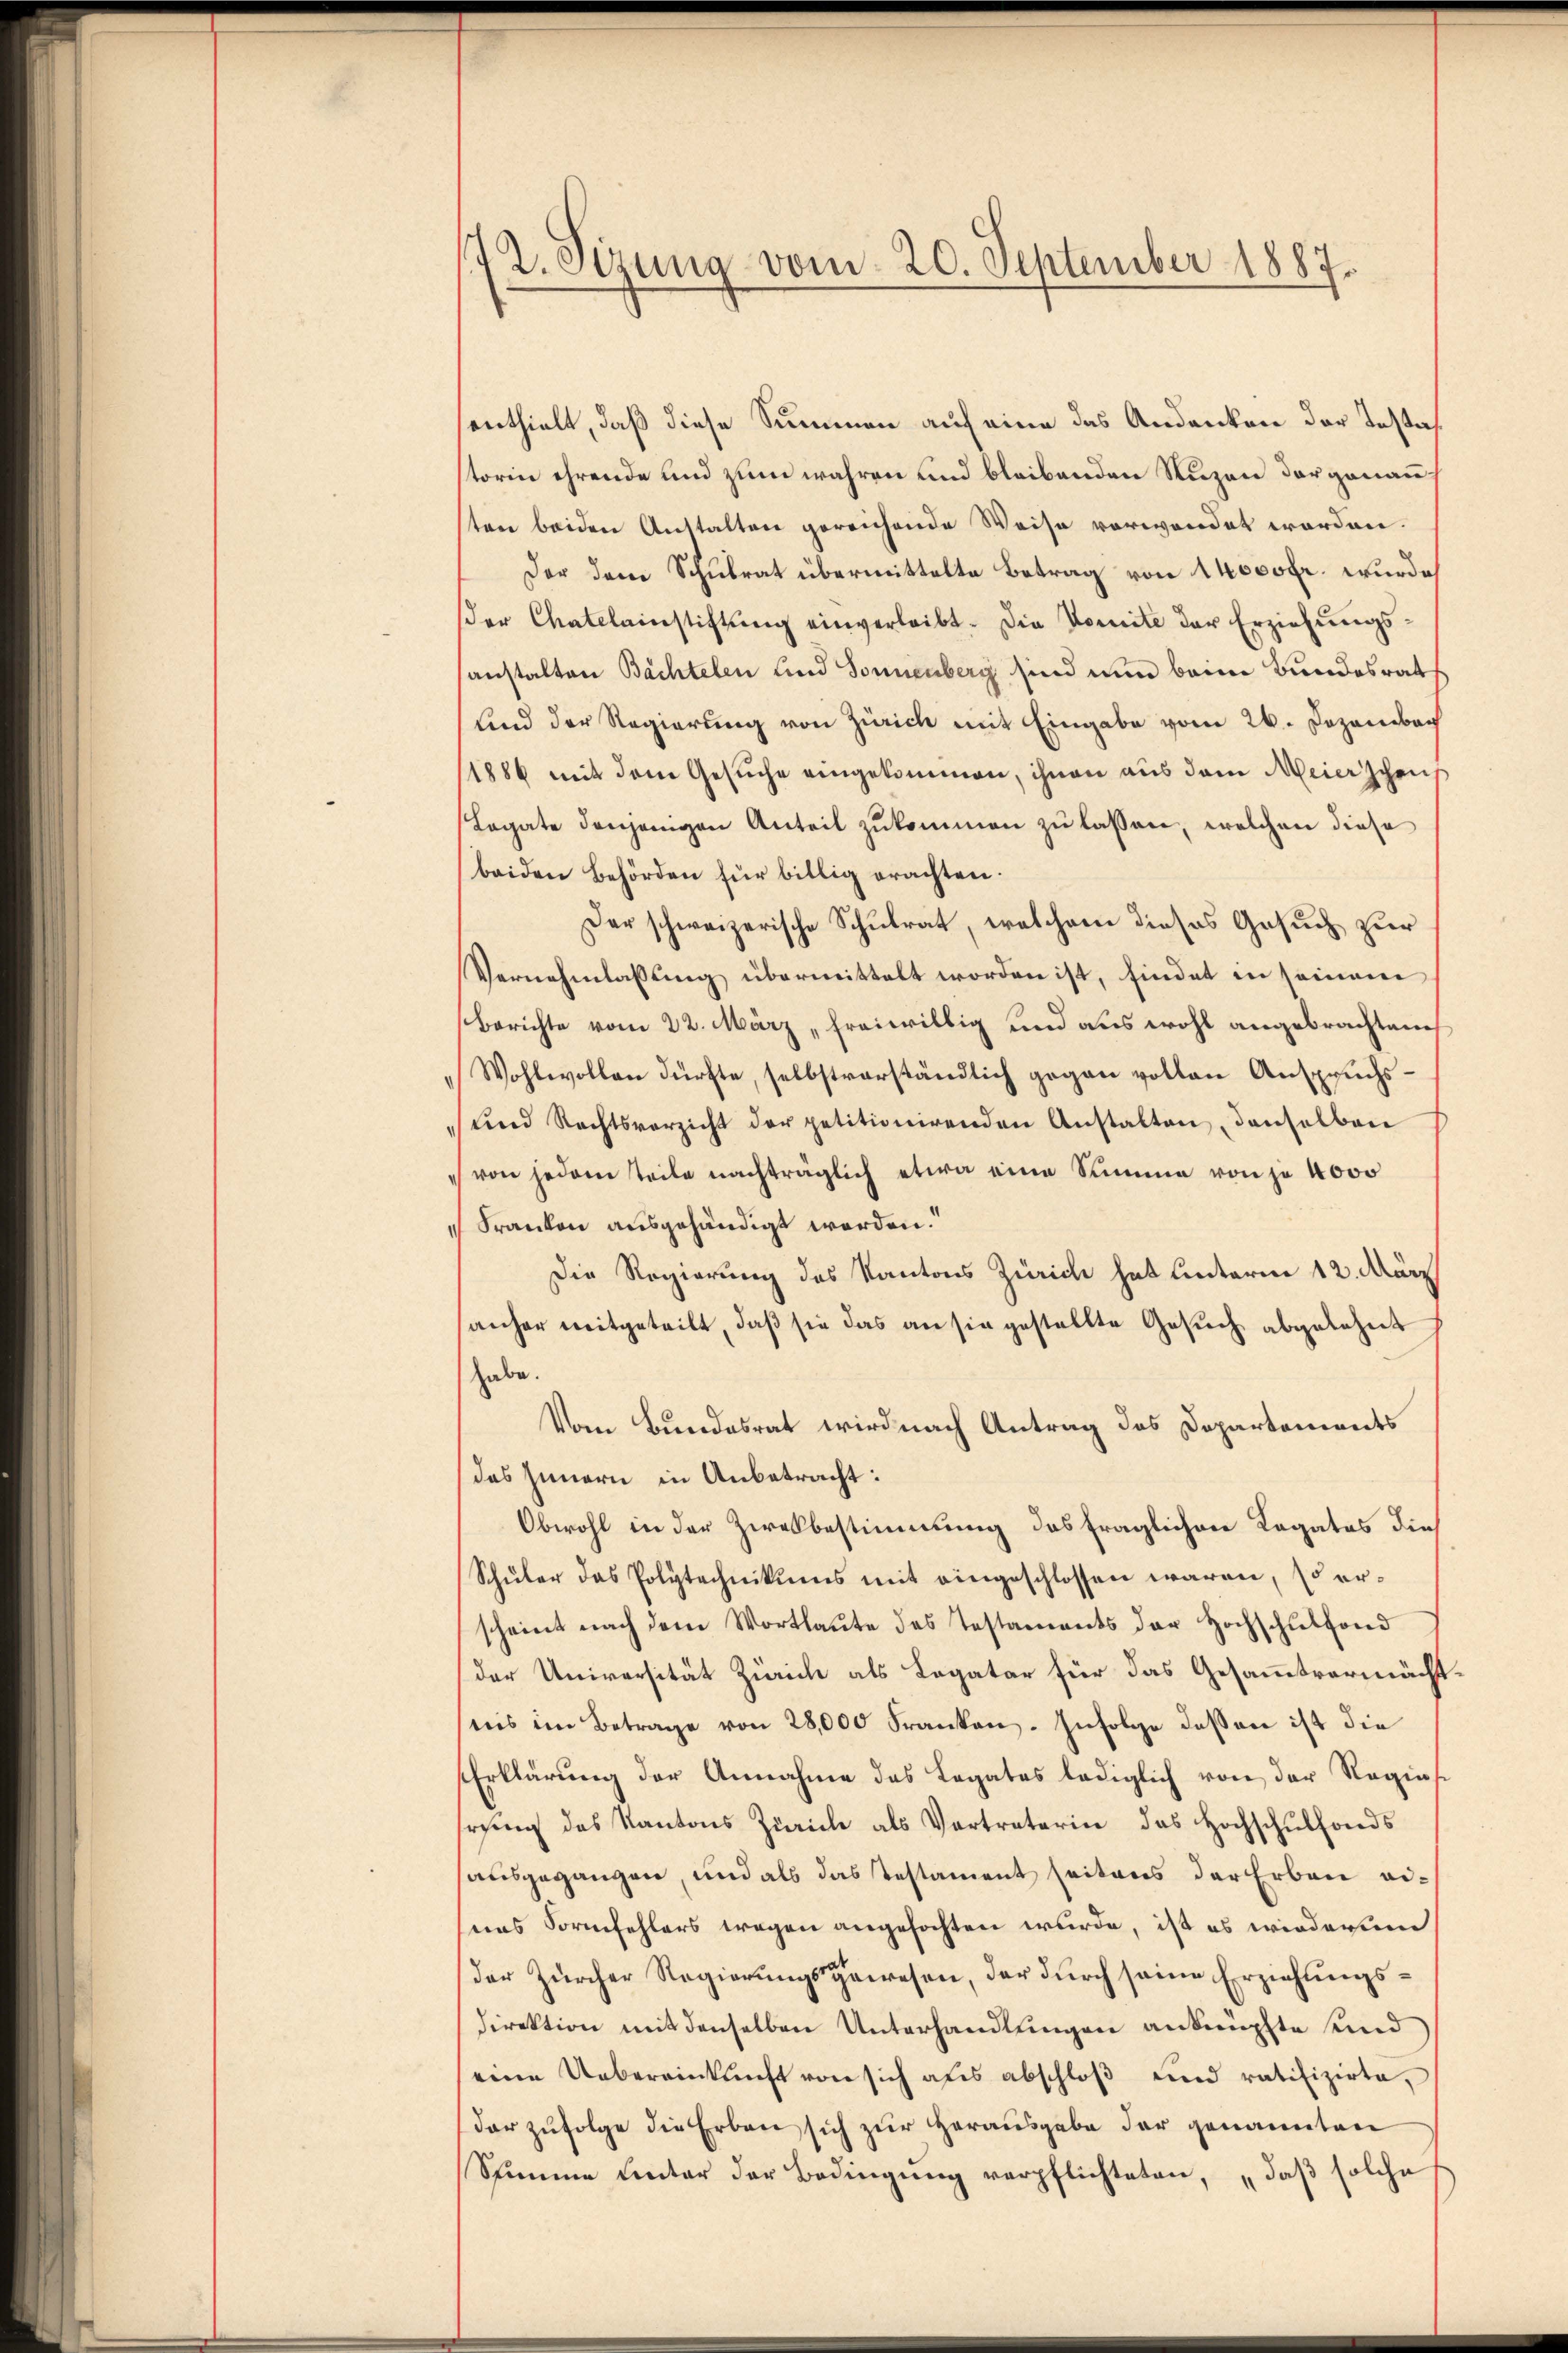
172. Sizung vom 20. September 1887.

senthielt, daß diese Summen auf eine das Andenken der Testastorin ehrende und zum wahren und bleibenden Nuzen dargenau
sten beiden Anstalten gereichende Weise verwendet worden.
Der dem Schulrat übermittelte Betrag von 14000 fr. wurde
der Chatelainstiftŭng einverleibt. Die Komite der Erziehŭngs-
anstalten Bächtelen und Sonnenberg sind nun beim Bundesrat
Kind der Regierung von Zürich mit Eingabe vom 26. Dezember
1886 mit dem Gesuche eingekommen, ihnen aus dem Meierschen
Legate denjenigen Anteil zukommen zu lassen, welchen diese
beiden Behörden für billig erachten.
Der schweizerische Schulrat, welchem dieses Gesuch zur
Vernehmlassung übermittelt worden ist, findet in seinem
Berichte vom 22. März „freiwillig und aus wohl angebrachtenes
Wohlwollen dürfte, selbstverständlich gegen vollen Anspruchs-
ŭnd Rechtsverzicht der petitionirenden Anstalten denselben
von jedem teile nachträglich etwa eine Summe von je 4000
Franken ausgehändigt werden.
Die Regierung des Kantons Zürich hat unterm 12. Mär
sanher mitgeteilt, daß sie das an sie gestellte Gesŭch abgelehnt
habe.
Vom Bundesrat wird nach Antrag des Departements
des Innern in Anbetracht:
Obwohl in der Ziehbestimmung das fraglichen Legates dies
Schüler das Polytechnikums mit eingeschlossen waren, so erscheint nach dem Wortlaŭte des Testaments der Hochschulfond
der Universität Zürich als Legatar für das Gesammtvermächtnis im Betrage von 28,000 Franken. Infolge dessen ist die
Erklärŭng der Annahme das Legates lediglich von der Regins-
rung des Kantons Zürich als Vertreterin das Hochschulfonds
ausgegangen, und als das Testament seitens der Erben eieas Formfehlers wegen angefochten wurde, ist es wiederum
der Zürcher Regierungsgewesen, der durch seine Erziehungsdirektion mit denselben Unterhandlungen anknüpfte und
eine Uebereinkunft von sich aus abschloß und ratifizirte,
dar zufolge die Erben sich zur Herausgabe der genannten
Stimme unter der Bedingŭng verpflichteten, „daβ solche